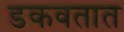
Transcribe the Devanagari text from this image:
डकवतात